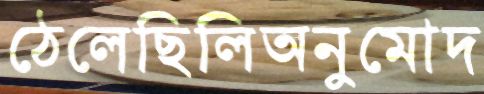
ঠেলেছিলিঅনুমোদ